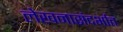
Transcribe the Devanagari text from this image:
लेखनासंदर्भात